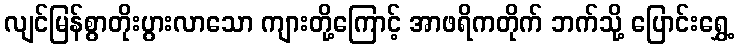
လျင်မြန်စွာတိုးပွားလာသော ကျားတို့ကြောင့် အာဖရိကတိုက် ဘက်သို့ ပြောင်းရွှေ့